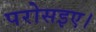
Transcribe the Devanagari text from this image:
परोसइए।